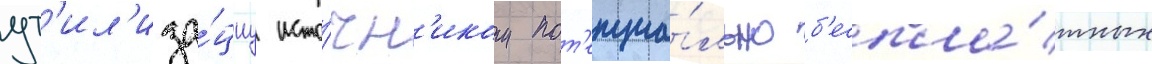
ут'ил'иза́циу исто́чн'иком пот'енциа́льно б'еспла́тных